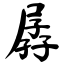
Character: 孱